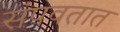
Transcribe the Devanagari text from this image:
संपवतात